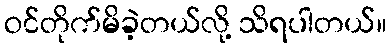
ဝင်တိုက်မိခဲ့တယ်လို့ သိရပါတယ်။